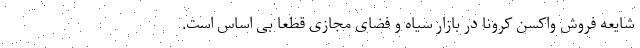
شایعه فروش واکسن کرونا در بازار سیاه و فضای مجازی قطعا بی اساس است.